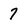
Character: 7